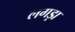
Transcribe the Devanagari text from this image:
लगड़ा